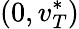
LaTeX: (0,v_{T}^{*})